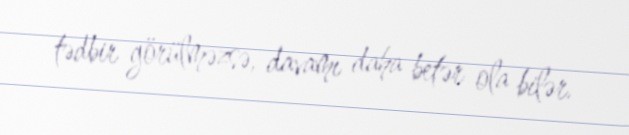
tədbir görülməzsə, davamı daha betər ola bilər.